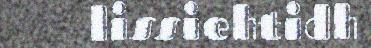
lissiehtidh